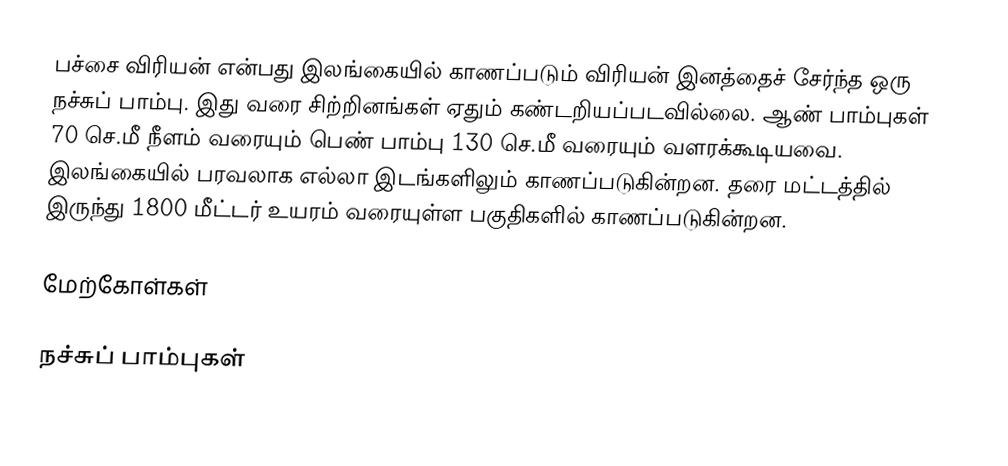
பச்சை விரியன் என்பது இலங்கையில் காணப்படும் விரியன் இனத்தைச் சேர்ந்த ஒரு நச்சுப் பாம்பு. இது வரை சிற்றினங்கள் ஏதும் கண்டறியப்படவில்லை. ஆண் பாம்புகள் 70 செ.மீ நீளம் வரையும் பெண் பாம்பு 130 செ.மீ வரையும் வளரக்கூடியவை. இலங்கையில் பரவலாக எல்லா இடங்களிலும் காணப்படுகின்றன. தரை மட்டத்தில் இருந்து 1800 மீட்டர் உயரம் வரையுள்ள பகுதிகளில் காணப்படுகின்றன.

மேற்கோள்கள்

நச்சுப் பாம்புகள்